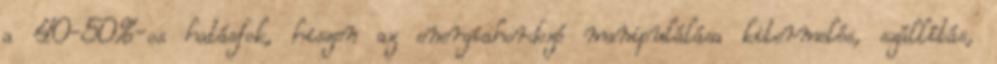
a 40-50%-os hatásfok, hiszen az energiahordozó manipulálása kitermelés, szállítás,